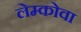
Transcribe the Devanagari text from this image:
लेम्कोवा